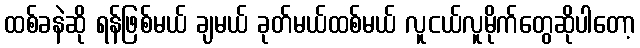
ထစ်ခနဲဆို ရန်ဖြစ်မယ် ချမယ် ခုတ်မယ်ထစ်မယ် လူငယ်လူမိုက်တွေဆိုပါတော့